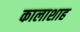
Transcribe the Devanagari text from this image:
कालाशाह